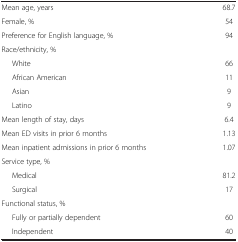
<table><thead><tr><td><b> </b></td><td><b> </b></td></tr></thead><tbody><tr><td>Mean age, years</td><td>68.7</td></tr><tr><td>Female, %</td><td>54</td></tr><tr><td>Preference for English language, %</td><td>94</td></tr><tr><td>Race/ethnicity, %</td><td> </td></tr><tr><td>White</td><td>66</td></tr><tr><td>African American</td><td>11</td></tr><tr><td>Asian</td><td>9</td></tr><tr><td>Latino</td><td>9</td></tr><tr><td>Mean length of stay, days</td><td>6.4</td></tr><tr><td>Mean ED visits in prior 6 months</td><td>1.13</td></tr><tr><td>Mean inpatient admissions in prior 6 months</td><td>1.07</td></tr><tr><td>Service type, %</td><td> </td></tr><tr><td>Medical</td><td>81.2</td></tr><tr><td>Surgical</td><td>17</td></tr><tr><td>Functional status, %</td><td> </td></tr><tr><td>Fully or partially dependent</td><td>60</td></tr><tr><td>Independent</td><td>40</td></tr></tbody></table>